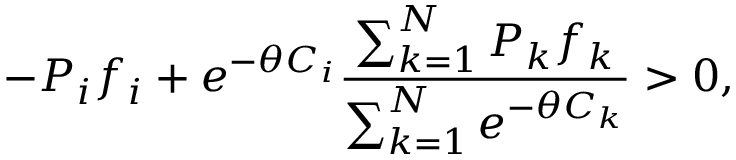
- P _ { i } f _ { i } + e ^ { - \theta C _ { i } } \frac { \sum _ { k = 1 } ^ { N } P _ { k } f _ { k } } { \sum _ { k = 1 } ^ { N } e ^ { - \theta C _ { k } } } > 0 ,